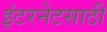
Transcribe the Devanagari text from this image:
इंटरनेटसाठी